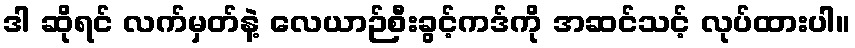
ဒါ ဆိုရင် လက်မှတ်နဲ့ လေယာဉ်စီးခွင့်ကဒ်ကို အဆင်သင့် လုပ်ထားပါ။